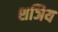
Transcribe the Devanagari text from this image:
शञिय